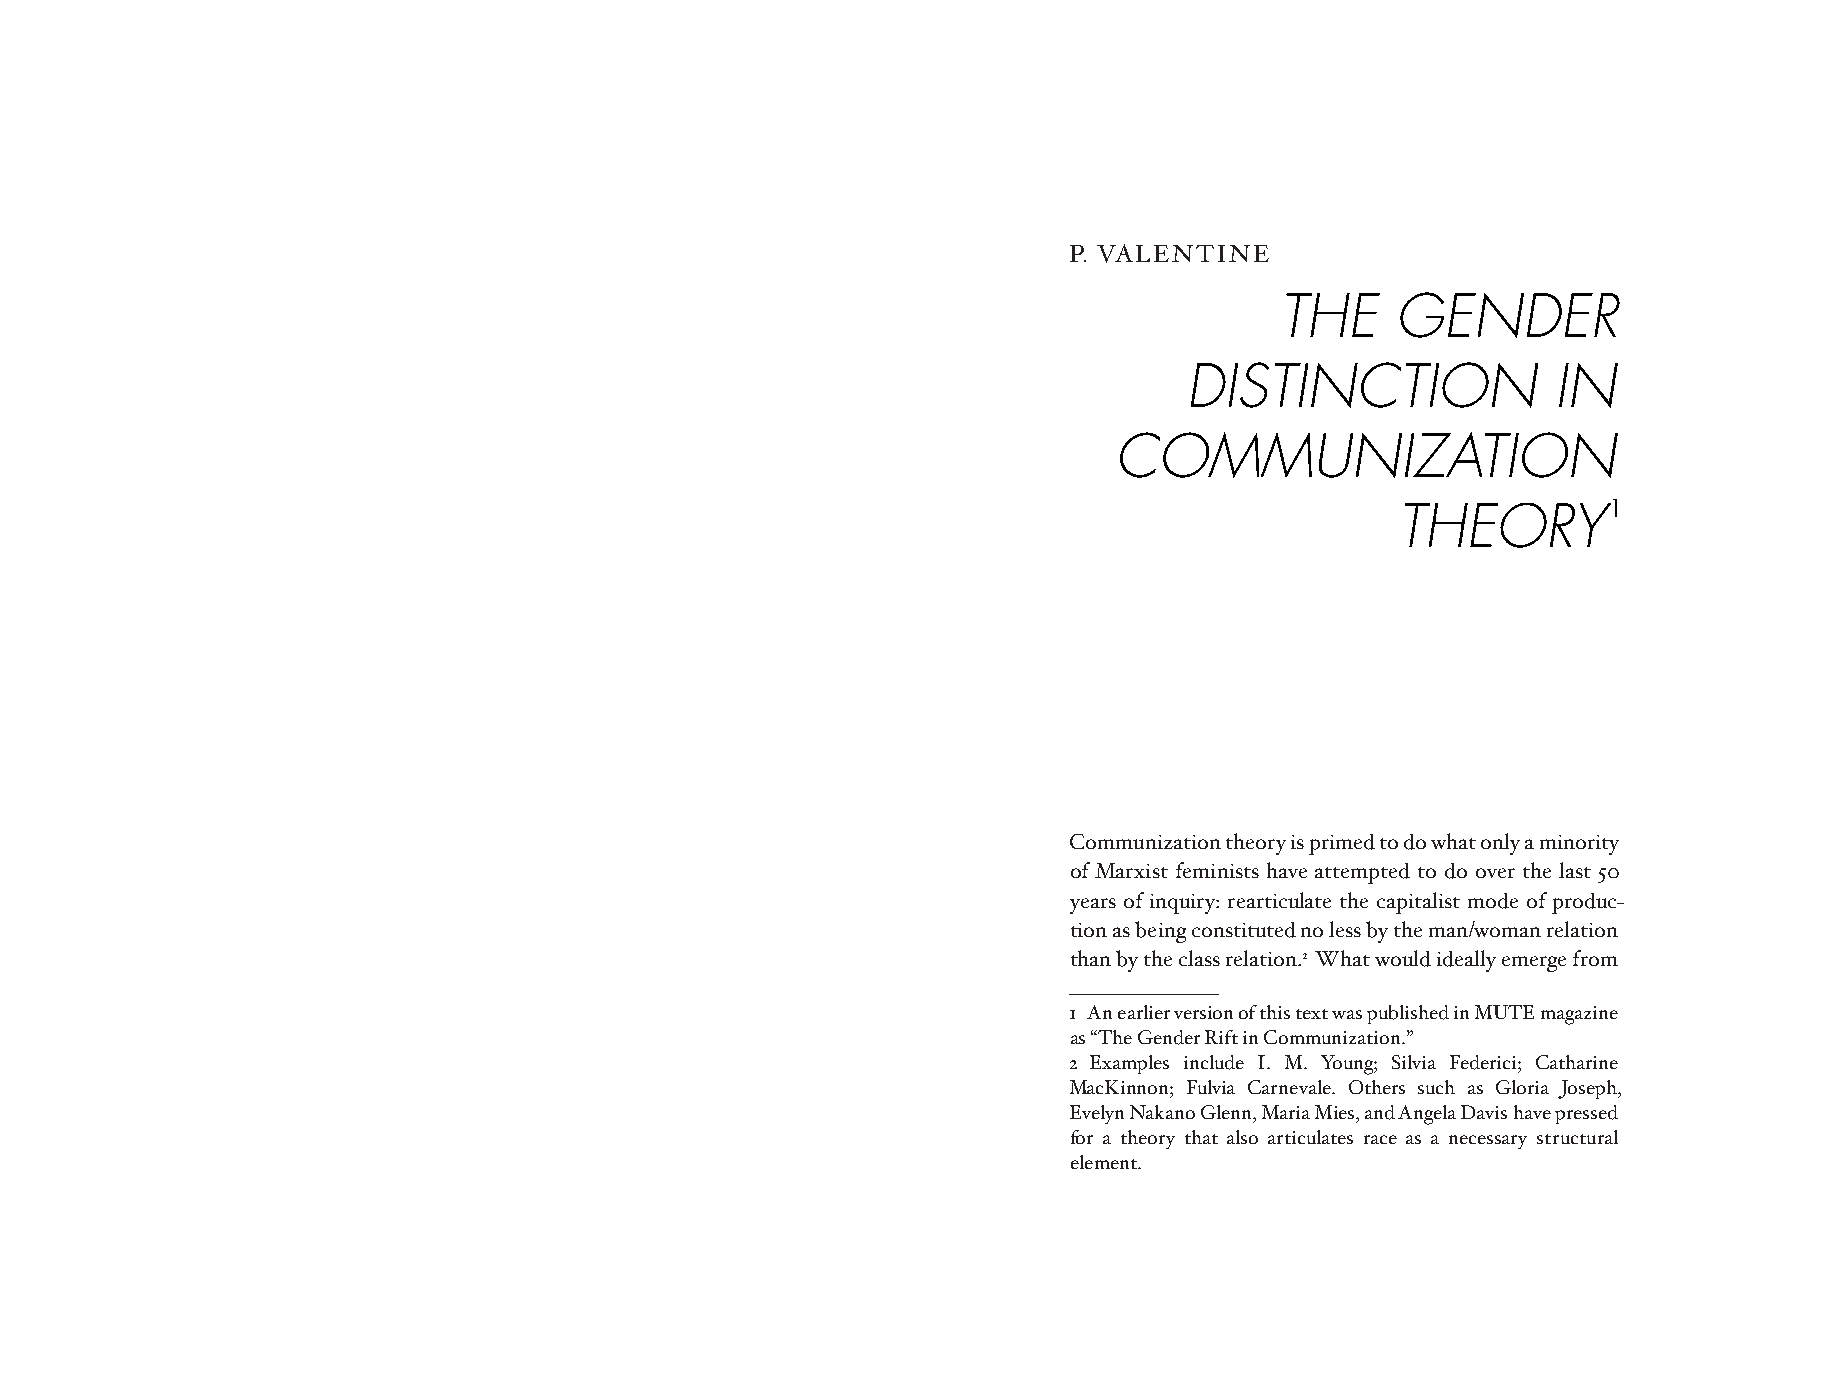
P. VALENTINE
 THE    GENDER
 DISTINCTION              IN
 COMMUNIZATION
 THEORY1
 Communization theory is primed to do what only a minority
 of Marxist feminists have attempted to do over the last 50
 years of inquiry: rearticulate the capitalist mode of produc-
 tion as being constituted no less by the man/woman relation
 than by the class relation.2 What would ideally emerge from
 1 An earlier version of this text was published in MUTE magazine
 as “The Gender Rift in Communization.”
 2 Examples include I. M. Young; Silvia Federici; Catharine
 MacKinnon; Fulvia Carnevale. Others such as Gloria Joseph,
 Evelyn Nakano Glenn, Maria Mies, and Angela Davis have pressed
 for a theory that also articulates race as a necessary structural
 element.